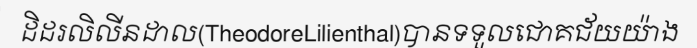
ដិដរលិលីនដាល(TheodoreLilienthal)បានទទួលជោគជ័យយ៉ាង